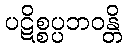
ပဋိစ္စပ္ပဘဝန္တိ